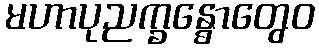
မဟာပုညက္ခန္ဓောတွေဝ